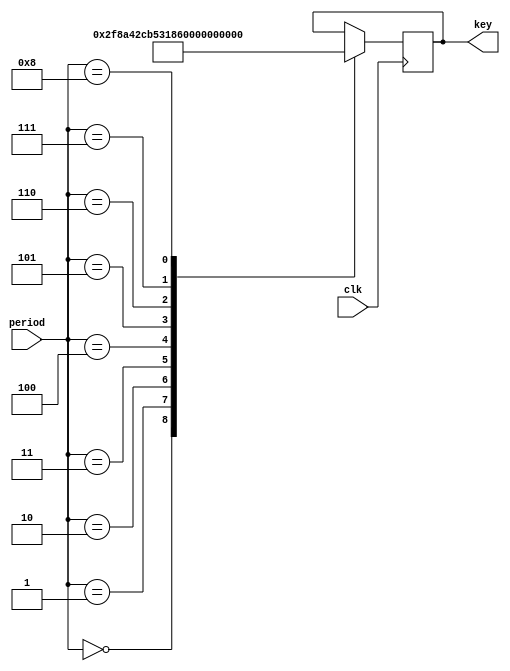
module odo_get_round_key6(clk, period, key);
    input clk;
    input [3:0] period;
    output [9:0] key;
    reg [9:0] key;
    always @(posedge clk) begin
    case (period)
        4'h0: key <= 10'h2f8;
        4'h1: key <= 10'h290;
        4'h2: key <= 10'h2cb;
        4'h3: key <= 10'h14c;
        4'h4: key <= 10'h185;
        4'h5: key <= 10'h3c2;
        4'h6: key <= 10'h1ab;
        4'h7: key <= 10'h114;
        4'h8: key <= 10'h10d;
    endcase
    end
endmodule